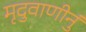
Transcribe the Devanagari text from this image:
मृदुवाणीनुं